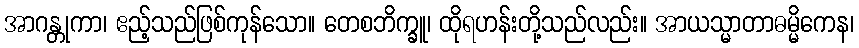
အာဂန္တုကာ၊ ဧည့်သည်ဖြစ်ကုန်သော။ တေစဘိက္ခူ၊ ထိုရဟန်းတို့သည်လည်း။ အာယသ္မာတာဓမ္မိကေန၊